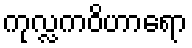
ကုလ္လကဝိဟာရော